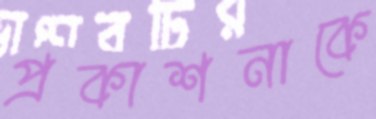
প্রকাশনাকে